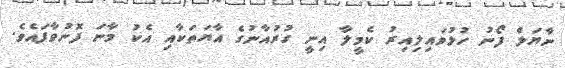
ނާޔަލް ފޯނު ހުޅުވައިލިއިރު ކެމީލާ އިނީ ގުރުއާނުގެ އާޔަތަކާއި އެކު މާނަ ފޮނުވާފައެވެ.